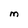
Character: M